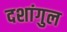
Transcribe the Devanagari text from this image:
दशांगुल